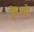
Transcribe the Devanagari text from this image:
कुरयो